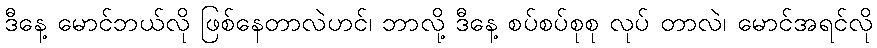
ဒီနေ့ မောင်ဘယ်လို ဖြစ်နေတာလဲဟင်၊ ဘာလို့ ဒီနေ့ စပ်စပ်စုစု လုပ် တာလဲ၊ မောင်အရင်လို